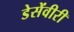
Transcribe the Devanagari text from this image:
डेसेंवीरी